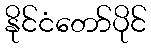
နိုင်ငံတော်ပိုင်